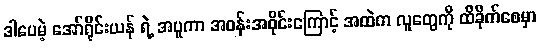
ဒါပေမဲ့ အော်ရိုင်းယန် ရဲ့ အပူကာ အဝန်းအဝိုင်းကြောင့် အထဲက လူတွေကို ထိခိုက်စေမှာ